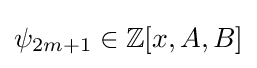
\psi _{2m+1}\in \mathbb {Z} [x,A,B]